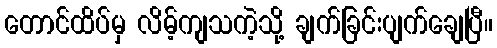
တောင်ထိပ်မှ လိမ့်ကျသကဲ့သို့ ချက်ခြင်းပျက်ချေပြီ။